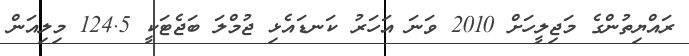
ރައްޔިތުންގެ މަޖިލީހަށް 2010 ވަނަ އަހަރު ކަނޑައެޅި ޖުމްލަ ބަޖެޓަކީ 124.5 މިލިއަން